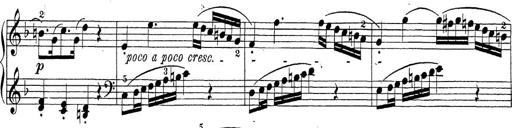
Title: Sonatina Album
Composer: Louis KÃ¶hler